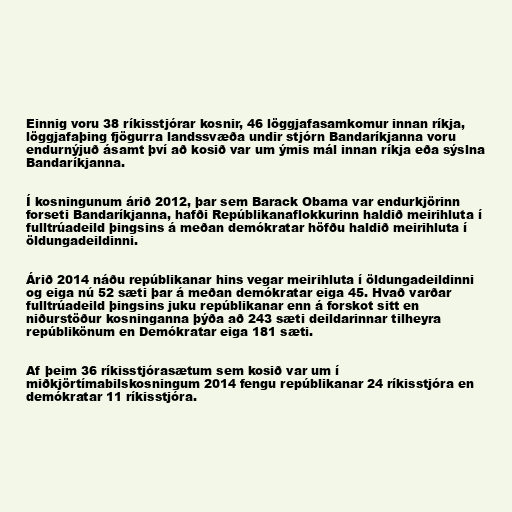
Einnig voru 38 ríkisstjórar kosnir, 46 löggjafasamkomur innan ríkja,
löggjafaþing fjögurra landssvæða undir stjórn Bandaríkjanna voru
endurnýjuð ásamt því að kosið var um ýmis mál innan ríkja eða sýslna
Bandaríkjanna.

Í kosningunum árið 2012, þar sem Barack Obama var endurkjörinn
forseti Bandaríkjanna, hafði Repúblikanaflokkurinn haldið meirihluta í
fulltrúadeild þingsins á meðan demókratar höfðu haldið meirihluta í
öldungadeildinni.

Árið 2014 náðu repúblikanar hins vegar meirihluta í öldungadeildinni
og eiga nú 52 sæti þar á meðan demókratar eiga 45. Hvað varðar
fulltrúadeild þingsins juku repúblikanar enn á forskot sitt en
niðurstöður kosninganna þýða að 243 sæti deildarinnar tilheyra
repúblikönum en Demókratar eiga 181 sæti.

Af þeim 36 ríkisstjórasætum sem kosið var um í
miðkjörtímabilskosningum 2014 fengu repúblikanar 24 ríkisstjóra en
demókratar 11 ríkisstjóra.